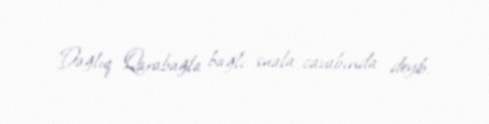
Dağlıq Qarabağla bağlı suala cavabında deyib.